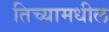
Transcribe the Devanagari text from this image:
तिच्यामधील